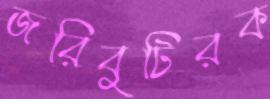
জরিবুটিরক